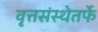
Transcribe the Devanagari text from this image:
वृत्तसंस्थेतर्फे